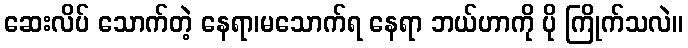
ဆေးလိပ် သောက်တဲ့ နေရာ၊မသောက်ရ နေရာ ဘယ်ဟာကို ပို ကြိုက်သလဲ။